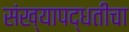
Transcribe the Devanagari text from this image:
संख्यापद्धतींचा